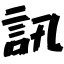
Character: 訊